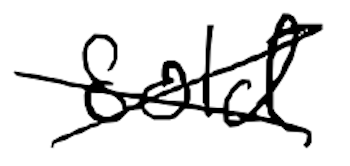
Text: sold
Cross-out: mix
Writing tool: digital_black